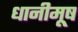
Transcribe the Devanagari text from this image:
धानीमूष